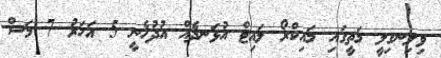
ވިލިނގިލީ މަތީގައި މައިކްރޯ ލައިޓް އުޅަނދެއް އުދުހެނީ 5 އަހަރު 7 މަސް